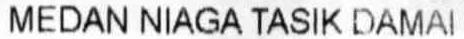
MEDAN NIAGA TASIK DAMAI